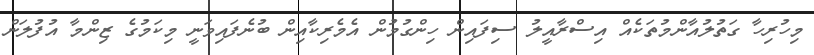
މިހުރިހާ ގަތުލުއާންމުތަކެއް އިސްރާއީލު ސިފައިން ހިންގުމުން އެމެރިކާއިން ބުނެފައިވަނީ މިކަމުގެ ޒިންމާ އުފުލަން